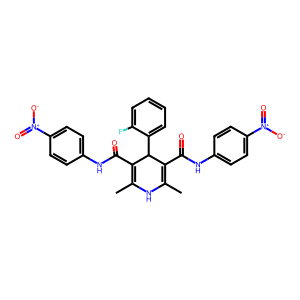
SMILES: CC1=C(C(=O)Nc2ccc([N+](=O)[O-])cc2)C(c2ccccc2F)C(C(=O)Nc2ccc([N+](=O)[O-])cc2)=C(C)N1
Inhibits HIV replication: No